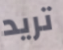
تريد